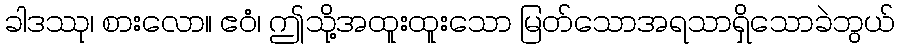
ခါဒဿု၊ စားလော။ ဧဝံ၊ ဤသို့အထူးထူးသော မြတ်သောအရသာရှိသောခဲဘွယ်